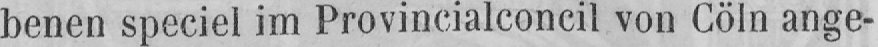
benen speciel im Provincialconcil von Cöln ange-